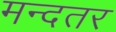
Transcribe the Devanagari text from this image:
मन्दतर